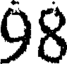
98